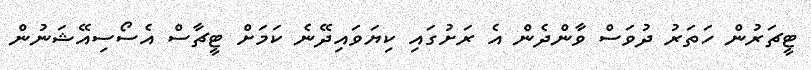
ޓީޗަރުން ހަތަރު ދުވަސް ވާންދެން އެ ރަށުގައި ކިޔަވައިދޭނެ ކަމަށް ޓީޗާސް އެސޯސިއޭޝަނުން